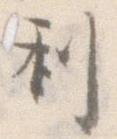
利